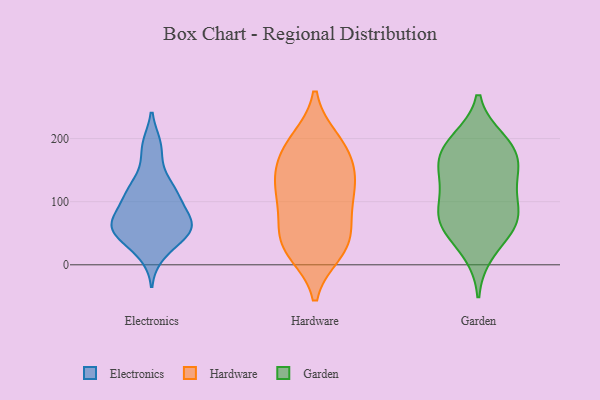
{"axis": {"x": "Inventory Turnover", "y": "Value"}, "legend": ["Electronics", "Garden", "Hardware"], "data": [{"x": "", "y": 113, "type": "Electronics"}, {"x": "", "y": 63, "type": "Electronics"}, {"x": "", "y": 32, "type": "Electronics"}, {"x": "", "y": 143, "type": "Electronics"}, {"x": "", "y": 67, "type": "Electronics"}, {"x": "", "y": 118, "type": "Electronics"}, {"x": "", "y": 53, "type": "Electronics"}, {"x": "", "y": 90, "type": "Electronics"}, {"x": "", "y": 61, "type": "Electronics"}, {"x": "", "y": 108, "type": "Electronics"}, {"x": "", "y": 114, "type": "Electronics"}, {"x": "", "y": 55, "type": "Electronics"}, {"x": "", "y": 189, "type": "Electronics"}, {"x": "", "y": 66, "type": "Electronics"}, {"x": "", "y": 68, "type": "Electronics"}, {"x": "", "y": 17, "type": "Electronics"}, {"x": "", "y": 187, "type": "Electronics"}, {"x": "", "y": 47, "type": "Electronics"}, {"x": "", "y": 33, "type": "Hardware"}, {"x": "", "y": 26, "type": "Hardware"}, {"x": "", "y": 108, "type": "Hardware"}, {"x": "", "y": 139, "type": "Hardware"}, {"x": "", "y": 149, "type": "Hardware"}, {"x": "", "y": 116, "type": "Hardware"}, {"x": "", "y": 131, "type": "Hardware"}, {"x": "", "y": 198, "type": "Hardware"}, {"x": "", "y": 197, "type": "Hardware"}, {"x": "", "y": 181, "type": "Hardware"}, {"x": "", "y": 29, "type": "Hardware"}, {"x": "", "y": 20, "type": "Hardware"}, {"x": "", "y": 169, "type": "Hardware"}, {"x": "", "y": 94, "type": "Hardware"}, {"x": "", "y": 56, "type": "Hardware"}, {"x": "", "y": 68, "type": "Hardware"}, {"x": "", "y": 167, "type": "Garden"}, {"x": "", "y": 159, "type": "Garden"}, {"x": "", "y": 81, "type": "Garden"}, {"x": "", "y": 57, "type": "Garden"}, {"x": "", "y": 65, "type": "Garden"}, {"x": "", "y": 197, "type": "Garden"}, {"x": "", "y": 114, "type": "Garden"}, {"x": "", "y": 181, "type": "Garden"}, {"x": "", "y": 20, "type": "Garden"}, {"x": "", "y": 126, "type": "Garden"}, {"x": "", "y": 148, "type": "Garden"}, {"x": "", "y": 194, "type": "Garden"}, {"x": "", "y": 80, "type": "Garden"}, {"x": "", "y": 68, "type": "Garden"}]}